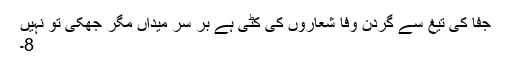
جفا کی تیغ سے گردن وفا شعاروں کی کٹی ہے بر سرِ میداں مگر جھکی تو نہیں
8۔